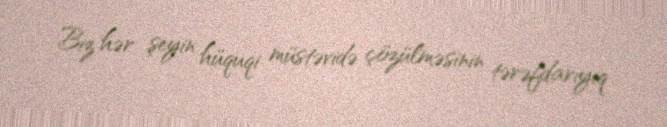
Biz hər şeyin hüquqi müstəvidə çözülməsinin tərəfdarıyıq.